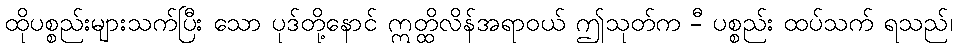
ထိုပစ္စည်းများသက်ပြီး သော ပုဒ်တို့နောင် ဣတ္ထိလိန်အရာဝယ် ဤသုတ်က -ီ ပစ္စည်း ထပ်သက် ရသည်၊